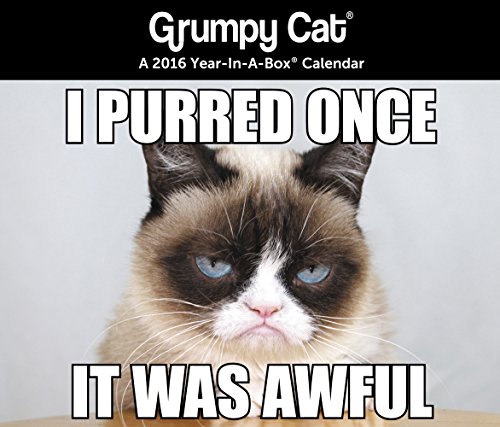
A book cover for Grumpy Cat Year-In-A-Box Calendar (2016); Year-In-A-Box; Calendars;